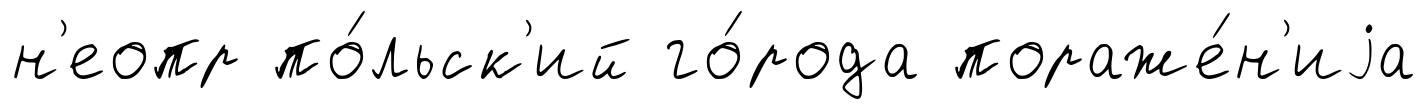
н'еопр по́льск'ий го́рода пораже́н'иjа